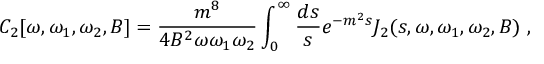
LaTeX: C _ { 2 } [ \omega , \omega _ { 1 } , \omega _ { 2 } , B ] = { \frac { m ^ { 8 } } { 4 B ^ { 2 } \omega \omega _ { 1 } \omega _ { 2 } } } \int _ { 0 } ^ { \infty } { \frac { d s } { s } } e ^ { - m ^ { 2 } s } J _ { 2 } ( s , \omega , \omega _ { 1 } , \omega _ { 2 } , B ) ~ ,